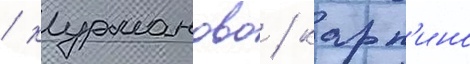
/ курманово / карп'ино